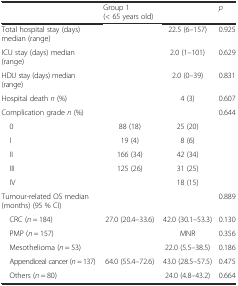
<table><thead><tr><td>[EMPTY_CELL]</td><td><b>Group 1 (&lt; 65 years old)</b></td><td>[EMPTY_CELL]</td><td><b><i>p</i></b></td></tr></thead><tbody><tr><td>Total hospital stay (days) median (range)</td><td>[EMPTY_CELL]</td><td>22.5 (6–157)</td><td>0.925</td></tr><tr><td>ICU stay (days) median (range)</td><td>[EMPTY_CELL]</td><td>2.0 (1–101)</td><td>0.629</td></tr><tr><td>HDU stay (days) median (range)</td><td>[EMPTY_CELL]</td><td>2.0 (0–39)</td><td>0.831</td></tr><tr><td>Hospital death <i>n</i> (%)</td><td>[EMPTY_CELL]</td><td>4 (3)</td><td>0.607</td></tr><tr><td>Complication grade <i>n</i> (%)</td><td>[EMPTY_CELL]</td><td>[EMPTY_CELL]</td><td>0.644</td></tr><tr><td> 0</td><td>88 (18)</td><td>25 (20)</td><td>[EMPTY_CELL]</td></tr><tr><td> I</td><td>19 (4)</td><td>8 (6)</td><td>[EMPTY_CELL]</td></tr><tr><td> II</td><td>166 (34)</td><td>42 (34)</td><td>[EMPTY_CELL]</td></tr><tr><td> III</td><td>125 (26)</td><td>31 (25)</td><td>[EMPTY_CELL]</td></tr><tr><td> IV</td><td>[EMPTY_CELL]</td><td>18 (15)</td><td>[EMPTY_CELL]</td></tr><tr><td>Tumour-related OS median (months) (95 % CI)</td><td>[EMPTY_CELL]</td><td>[EMPTY_CELL]</td><td>0.889</td></tr><tr><td> CRC (<i>n</i> = 184)</td><td>27.0 (20.4–33.6)</td><td>42.0 (30.1–53.3)</td><td>0.130</td></tr><tr><td> PMP (<i>n</i> = 157)</td><td>[EMPTY_CELL]</td><td>MNR</td><td>0.356</td></tr><tr><td> Mesothelioma (<i>n</i> = 53)</td><td>[EMPTY_CELL]</td><td>22.0 (5.5–38.5)</td><td>0.186</td></tr><tr><td> Appendiceal cancer (<i>n</i> = 137)</td><td>64.0 (55.4–72.6)</td><td>43.0 (28.5–57.5)</td><td>0.475</td></tr><tr><td> Others (<i>n</i> = 80)</td><td>[EMPTY_CELL]</td><td>24.0 (4.8–43.2)</td><td>0.664</td></tr></tbody></table>